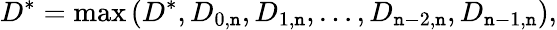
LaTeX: D^{*}=\operatorname*{max}\left(D^{*},D_{0,\mathtt{n}},D_{1,\mathtt{n}},\dots,D_{\mathtt{n}-2,\mathtt{n}},D_{\mathtt{n}-1,\mathtt{n}}\right),